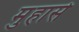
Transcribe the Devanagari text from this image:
मुहासे